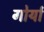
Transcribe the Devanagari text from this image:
गोर्यां